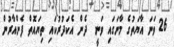
26 ވަނަ އާޔަތުގެ މާނަގައި ވަނީ  ދެން އެކަދުރުކައި ތިޔައޮތް ފެންއާރުން